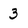
Character: 3